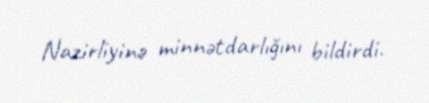
Nazirliyinə minnətdarlığını bildirdi.